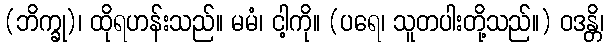
(ဘိက္ခု)၊ ထိုရဟန်းသည်။ မမံ၊ ငါ့ကို။ (ပရေ၊ သူတပါးတို့သည်။) ဝဒန္တိ၊